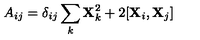
A _ { i j } = \delta _ { i j } \sum _ { k } { \bf X } _ { k } ^ { 2 } + 2 [ { \bf X } _ { i } , { \bf X } _ { j } ]